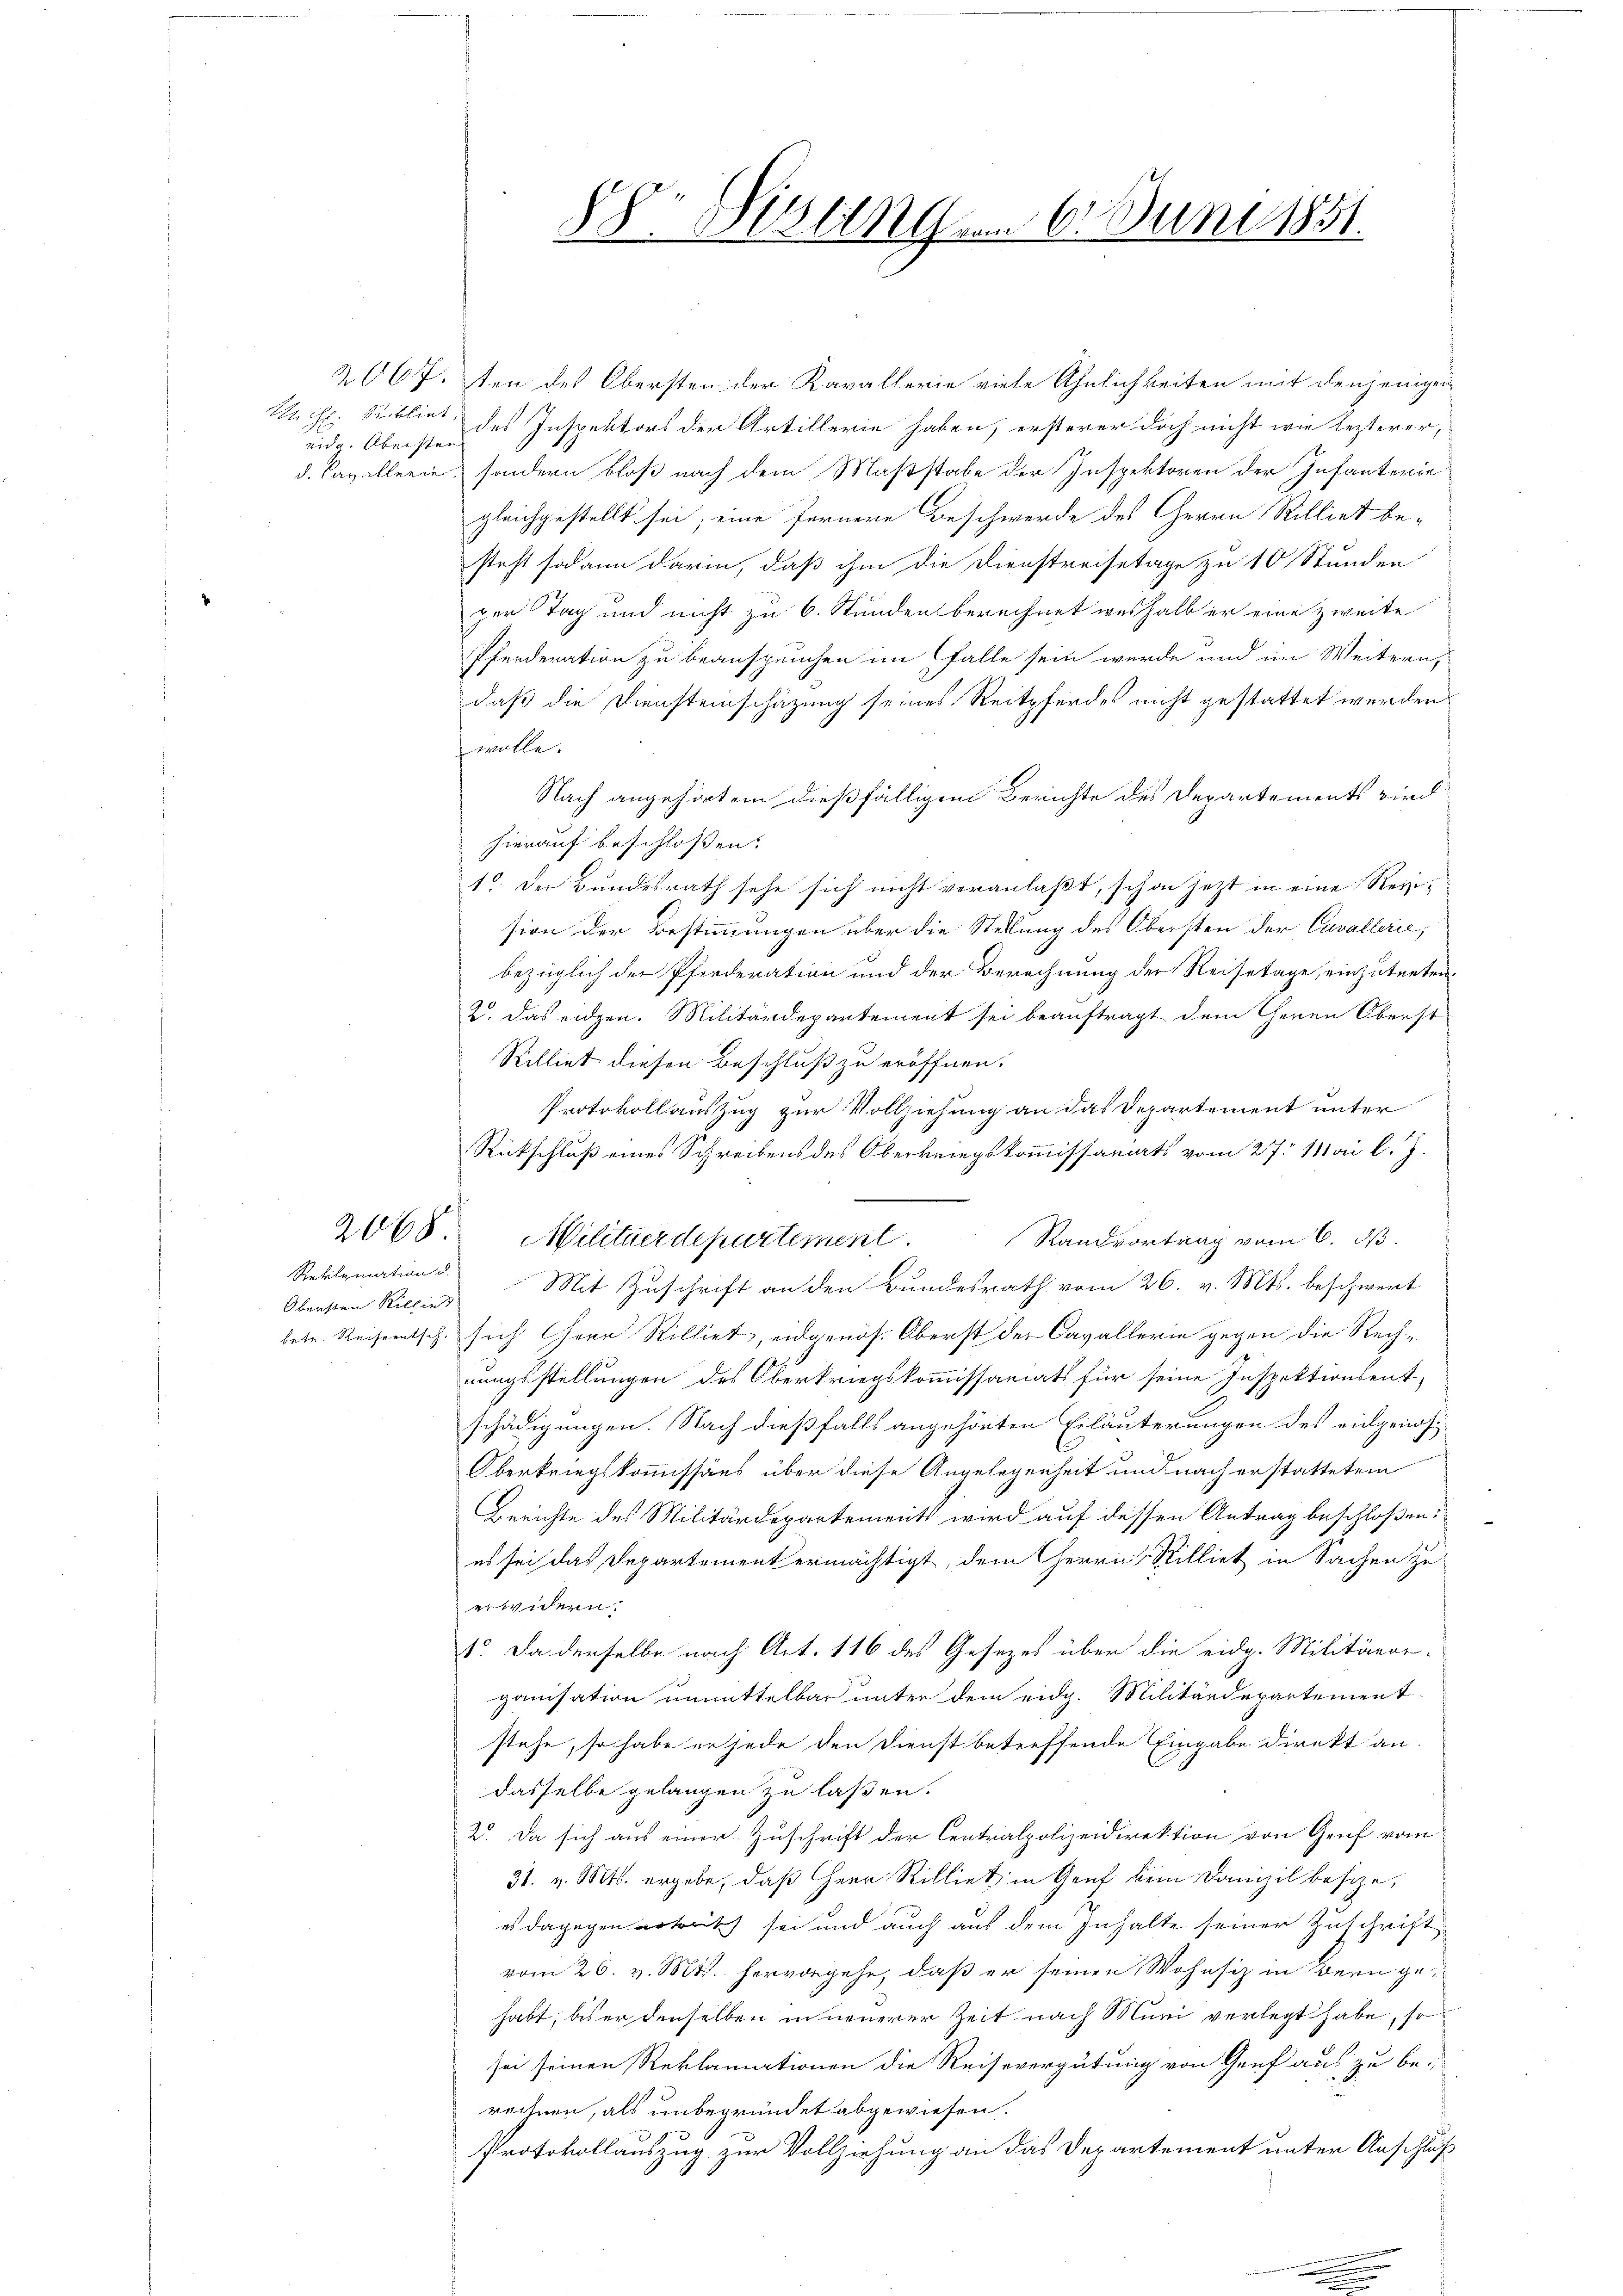
eidg. Obersten

Reklamation d.
Obersten Rillie

2067.ten des Obersten der Kavallerie viele Ähnlichkeiten mit denjenigen
Mich. Bibliet des Inspektors der Artillerie haben, ersterer doch nicht wie lezterer,
d. Cavallerie, sondern bloß nach dem Maßstabe der Inspektoren der Infanterie
gleichgestellt sei; eine fernere Beschwerde des Herrn Rilliet besteht sodann darin, daß ihm die Dienstreisetage zu 10 Stunden
per Tag und nicht zu 6. Stunden berechnet weshalb er eine zweite
Pferderation zu beanspruchen im Falle sein werde und im Weitern,
daß die Diensteinschätzung seines Reitpferdes nicht gestattet werden.
wolle.
Nach angehörtem dießfälligem Berichte des Departements wird
hierauf beschlossen:
1
1. Der Bundesrath sehe sich nicht veranlaßt, schon jetzt in eine Reizision der Bestimmungen über die Stellung des Obersten der Cavallerie,
bezüglich der Pferderation und der Berechnung der Reisetage, einzutreten.
2. Das eidgen. Militärdepartement sei beauftragt dem Theren Oberst
Rilliet diesen Beschluß zu eröffnen.
Protokollauszug zur Vollziehung an das Departement unter
Rückschluß eines Schreibens des Oberkriegskommissariats vom 27. Mai l. J.
2068. Militärdepartement.
Standvortrag vom 6. d.
Mit Zuschrift an den Bundesrath vom 26. v. Mts. beschwert
betr. Reiseentsch, sich herr Rilliet, eidgenös. Oberst der Cavallerie gegen die Rechnungsstellungen des Oberkriegskommissariats für seine Inspektionsent-
schädigungen. Nach dießfalls angehörten Erläuterungen des eidgenös¬
Oberkriegskommissärs über diese Angelegenheit und nach erstattetem
Berichte des Militärdepartements wird auf dessen Antrag beschloßen:
es sei das Departement ermächtigt, dem Herrn Stilliet in Sachen zu
erwidern.
1o. Da derselbe nach Art. 116 des Gesezes über die eidg. Militäror-
ganisation unmittelbar unter dem eidg. Militärdepartement
stehe, so habe er jede den Dienst betreffende Eingabe direkt an.
dasselbe gelangen zu laßen.
2. Da sich aus einer Zuschrift der Centralpolizeidirektion von Genf vom
31. v. Mts. ergebe, daß Herr Rilliet in Genf kein Domizil besize,
es dagegen ertritt sei und auch aus dem Inhalte seiner Zuschrift
vom 26. v. Mts. hervorgehe, daß er seinen Wohnsiz in Bern gehabt, bis er denselben in neuerer Zeit nach Muri verlegt habe, so
sei seinen Reklamationen die Reisevergütung von Genf aus zu be-
rechnen, als unbegründet abgewiesen.
Protokollauszug zur Vollziehung an das Departement unter Anschluß

88. Distingen 6. Juni 1851.